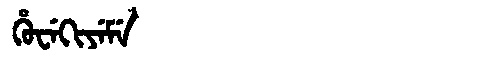
Manchu: ᡥᡠᠸᡝᡴᡳᠶᡝᠮᡝ
Romanization: HUWEKIYEME